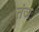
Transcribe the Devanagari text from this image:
तंञ